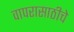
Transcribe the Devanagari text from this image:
वापरासाठीचे